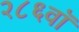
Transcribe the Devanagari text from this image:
२८६वॉ